Annual administration and progress report of the Indian Medical Department, Bombay
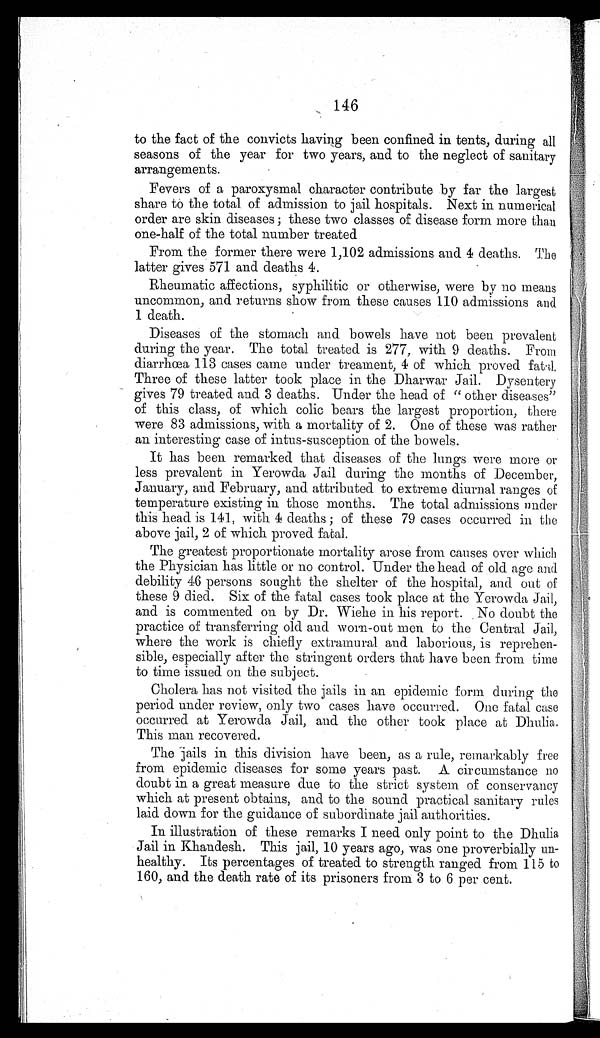
146
to the fact of the convicts having been confined in tents, during all
seasons of the year for two years, and to the neglect of sanitary
arrangements.
Fevers of a paroxysmal character contribute by far the largest
share to the total of admission to jail hospitals. Next in numerical
order are skin diseases; these two classes of disease form more than
one-half of the total number treated
From the former there were 1,102 admissions and 4 deaths. The
latter gives 571 and deaths 4.
Rheumatic affections, syphilitic or otherwise, were by no means
uncommon, and returns show from these causes 110 admissions and
1 death.
Diseases of the stomach and bowels have not been prevalent
during the year. The total treated is 277, with 9 deaths. From
diarrhœa 113 cases came under treament, 4 of which proved fatal.
Three of these latter took place in the Dharwar Jail. Dysentery
gives 79 treated and 3 deaths. Under the head of "other diseases"
of this class, of which colic bears the largest proportion, there
were 83 admissions, with a mortality of 2. One of these was rather
an interesting case of intus-susception of the bowels.
It has been remarked that diseases of the lungs were more or
less prevalent in Yerowda Jail during the months of December,
January, and February, and attributed to extreme diurnal ranges of
temperature existing in those months. The total admissions under
this head is 141, with 4 deaths; of these 79 cases occurred in the
above jail, 2 of which proved fatal.
The greatest proportionate mortality arose from causes over which
the Physician has little or no control. Under the head of old age and
debility 46 persons sought the shelter of the hospital, and out of
these 9 died. Six of the fatal cases took place at the Yerowda Jail,
and is commented on by Dr. Wiehe in his report. No doubt the
practice of transferring old and worn-out men to the Central Jail,
where the work is chiefly extramural and laborious, is reprehen-
sible, especially after the stringent orders that have been from time
to time issued on the subject.
Cholera has not visited the jails in an epidemic form during the
period under review, only two cases have occurred One fatal case
occurred. at Yerowda Jail, and the other took place at Dhulia.
This man recovered.
The jails in this division have been, as a rule, remarkably free
from epidemic diseases for some years past. A circumstance no
doubt in a great measure due to the strict system of conservancy
which at present obtains, and to the sound practical sanitary rules
laid down for the guidance of subordinate jail authorities.
In illustration of these remarks I need only point to the Dhulia
Jail in Khandesh. This jail, 10 years ago, was one proverbially un-
healthy. Its percentages of treated to strength ranged from 115 to
160, and the death rate of its prisoners from 3 to 6 per cent.